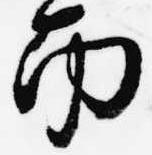
南